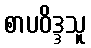
စာပဝိဒ္ဒသူ